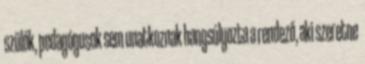
szülők, pedagógusok sem unatkoznak hangsúlyozta a rendező, aki szeretne